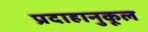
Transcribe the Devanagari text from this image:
प्रदाहानुकूल